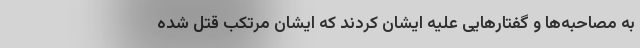
به مصاحبه‌ها و گفتار‌هایی علیه ایشان کردند که ایشان مرتکب قتل شده